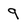
Character: 9